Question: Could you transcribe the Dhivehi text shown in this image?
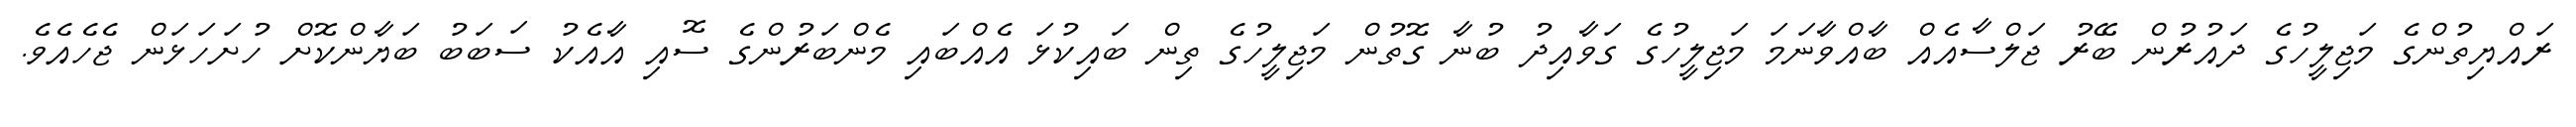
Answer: ރައްޔިތުންގެ މަޖިލީހުގެ ދައުރުން ބޭރު ޖަލްސާއެއް ބާއްވާނަމަ މަޖިލީހުގެ ގަވާއިދު ބުނާ ގޮތުން މަޖިލީހުގެ ތިން ބައިކުޅަ އެއްބައި މެންބަރުންގެ ސޮއި އާއެކު ސަބަބު ބަޔާންކޮށް ހުށަހަޅަން ޖެހެއެވެ.